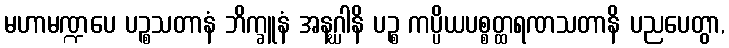
မဟာမဏ္ဍပေ ပဉ္စသတာနံ ဘိက္ခူနံ အနဂ္ဃါနိ ပဉ္စ ကပ္ပိယပစ္စတ္ထရဏသတာနိ ပညပေတွာ,